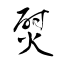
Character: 熨